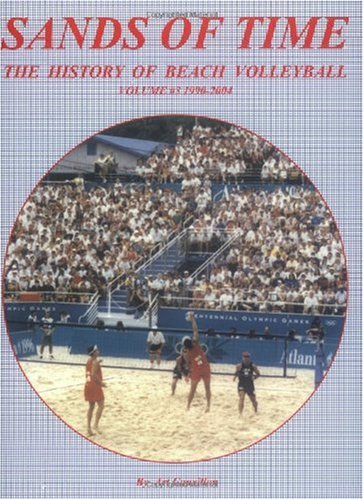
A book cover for Sands of Time: The History of Beach Volleyball, Vol. 3: 1990-2004; Arthur R. Couvillon; Sports & Outdoors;